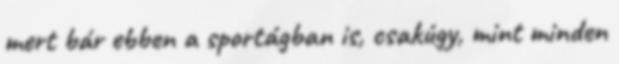
mert bár ebben a sportágban is, csakúgy, mint minden